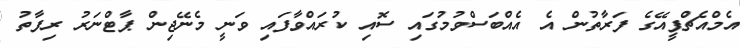
އެމްއެޗްޕީއޭގެ ފަރާތުން އެ އެއްބަސްވުމުގައި ސޮއި ކުރައްވާފައި ވަނީ މެނޭޖިން ޕާޓްނަރު ރިފާތު